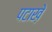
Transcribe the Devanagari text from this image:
पटाख़े